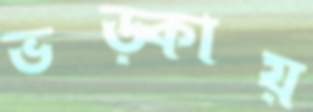
ভড়্‌কায়